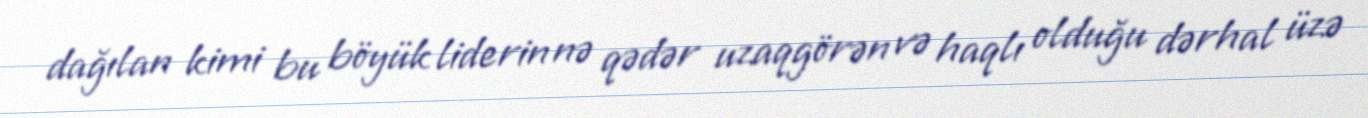
dağılan kimi bu böyük liderin nə qədər uzaqgörən və haqlı olduğu dərhal üzə